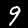
Digit: 9